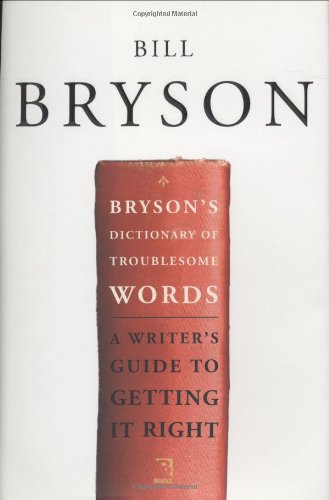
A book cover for Bryson's Dictionary of Troublesome Words; Bill Bryson; Reference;